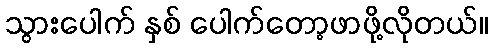
သွားပေါက် နှစ် ပေါက်တော့ဖာဖို့လိုတယ်။